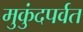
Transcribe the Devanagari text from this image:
मुकुंदपर्वत